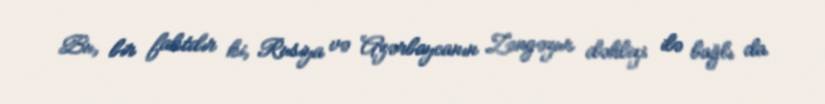
Bu, bir faktdır ki, Rusiya və Azərbaycanın Zəngəzur dəhlizi ilə bağlı da